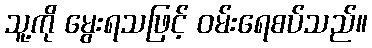
သူ့ကို မွေးရသဖြင့် ဝမ်းရေစပ်သည်။